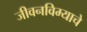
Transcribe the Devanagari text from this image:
जीवनविम्याचे